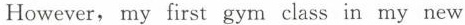
However,my first gym class in my new